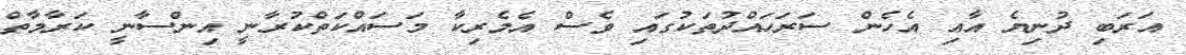
އަރަބި ދުނިޔެ އާއި އެހެން ސަރަހައްދުތަކުގައި ވެސް އެމެރިކާ މަސައްކަތްކުރާނީ އިންސާނީ ކަރާމާތް